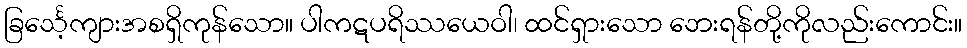
ခြင်္သေ့ကျားအစရှိကုန်သော။ ပါကဋပရိဿယေဝါ၊ ထင်ရှားသော ဘေးရန်တို့ကိုလည်းကောင်း။